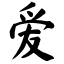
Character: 爱